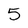
Character: 5